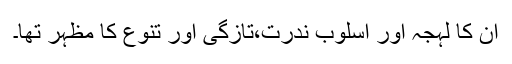
ان کا لہجہ اور اسلوب ندرت،تازگی اور تنوع کا مظہر تھا۔